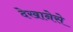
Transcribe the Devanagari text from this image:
देखानेसे